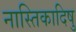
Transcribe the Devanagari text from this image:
नास्तिकादिषु